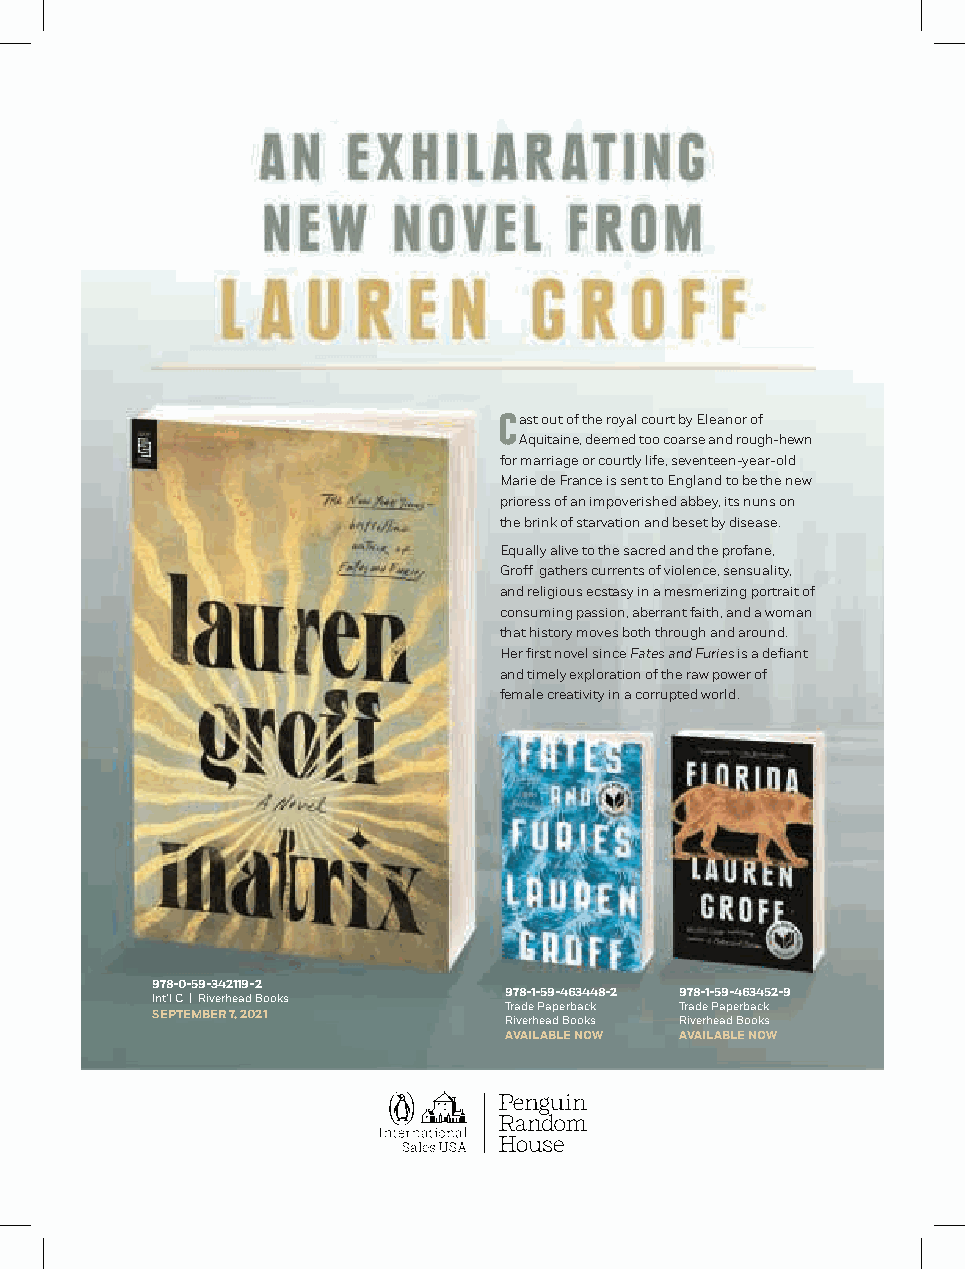
Cast out of the royal court by Eleanor of
 Aquitaine, deemed too coarse and rough-hewn
 for marriage or courtly life, seventeen-year-old
 Marie de France is sent to England to be the new
 prioress of an impoverished abbey, its nuns on
 the brink of starvation and beset by disease.
 Equally alive to the sacred and the profane,
 Groff gathers currents of violence, sensuality,
 and religious ecstasy in a mesmerizing portrait of
 consuming passion, aberrant faith, and a woman
 that history moves both through and around.
 Her first novel since Fates and Furies is a defiant
 and timely exploration of the raw power of
 female creativity in a corrupted world.
 978-0-59-342119-2
 Int’l C | Riverhead Books 978-1-59-463448-2 978-1-59-463452-9
 Trade Paperback Trade Paperback
 SEPTEMBER 7, 2021      Riverhead Books Riverhead Books
 AVAILABLE NOW AVAILABLE NOW